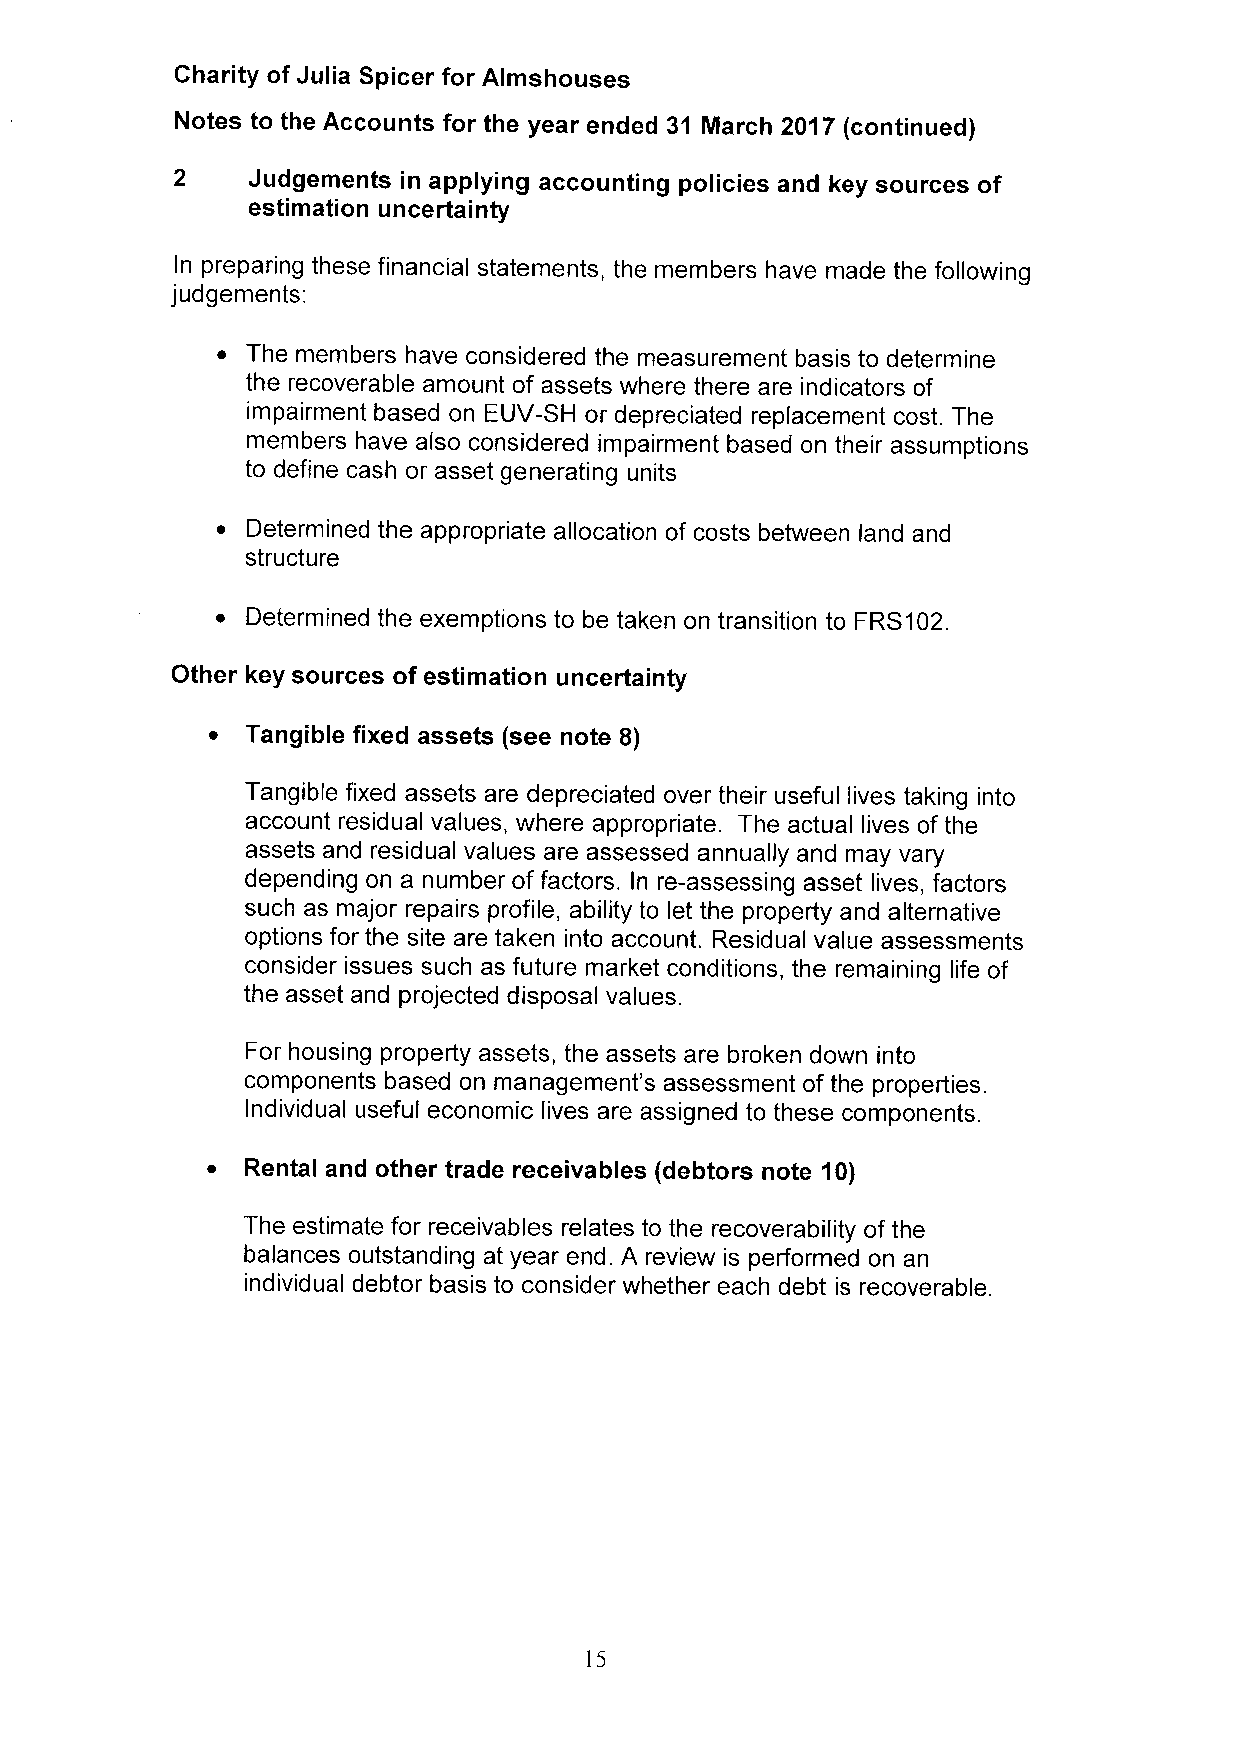
Charity of Julia Spicer for Almshouses
 Notes to the Accounts for the year ended 31 March 2017 (continued)
 2    Judgements in applying accounting policies and key sources of
 estimation uncertainty
 In preparing these financial statements, the members have made the following
 judgements:
 ~ The members have considered the measurement basis to determine
 the recoverable amount of assets where there are indicators of
 impairment based on EUV-SH or depreciated replacement cost. The
 members have also considered impairment based on their assumptions
 to define cash or asset generating units
 ~ Determined the appropriate allocation of costs between land and
 structure
 ~ Determined the exemptions to be taken on transition to FRS102.
 Other key sources of estimation uncertainty
 ~ Tangible fixed assets (see note 8)
 Tangible fixed assets are depreciated over their useful lives taking into
 account residual values, where appropriate. The actual lives of the
 assets and residual values are assessed annually and may vary
 depending on a number of factors. In re-assessing asset lives, factors
 such as major repairs profile, ability to let the property and alternative
 options for the site are taken into account. Residual value assessments
 consider issues such as future market conditions, the remaining life of
 the asset and projected disposal values.
 For housing property assets, the assets are broken down into
 components based on management's assessment of the properties.
 Individual useful economic lives are assigned to these components.
 ~ Rental and other trade receivables (debtors note 10)
 The estimate for receivables relates to the recoverability of the
 balances outstanding at year end. A review is performed on an
 individual debtor basis to consider whether each debt is recoverable.
 15